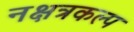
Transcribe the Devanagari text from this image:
नक्षत्रकल्प